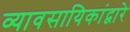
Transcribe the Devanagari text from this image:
व्यावसायिकांद्वारे